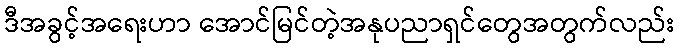
ဒီအခွင့်အရေးဟာ အောင်မြင်တဲ့အနုပညာရှင်တွေအတွက်လည်း